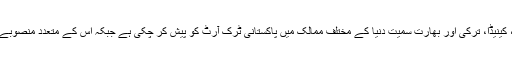
’پھول پتی‘ تنظیم امریکا، کینیڈا، ترکی اور بھارت سمیت دنیا کے مختلف ممالک میں پاکستانی ٹرک آرٹ کو پیش کر چکی ہے جبکہ اس کے متعدد منصوبے ابھی پائپ لائن میں ہیں۔